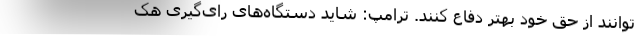
توانند از حق خود بهتر دفاع کنند. ترامپ: شاید دستگاه‌های رای‌گیری هک